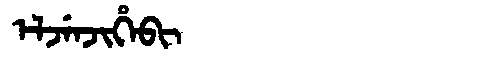
Manchu: ᡝᠯᠵᡝᠨᠵᡳᡥᡝᠪᡳ
Romanization: ELJENJIHEBI